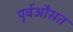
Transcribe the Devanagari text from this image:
पूर्वऔसत